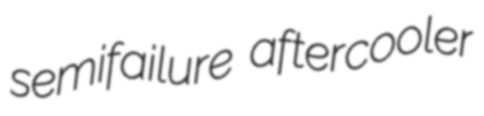
semifailure aftercooler